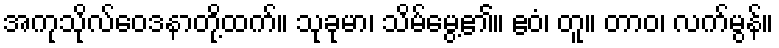
အကုသိုလ်ဝေဒနာတို့ထက်။ သုခုမာ၊ သိမ်မွေ့၏။ ဧဝံ၊ တူ။ တာဝ၊ လက်မွန်။